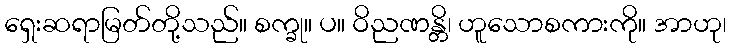
ရှေးဆရာမြတ်တို့သည်။ စက္ခု။ ပ။ ဝိညဏန္တိ၊ ဟူသောစကားကို။ အာဟု၊